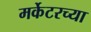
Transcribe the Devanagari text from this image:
मर्केटरच्या